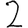
Digit: 2